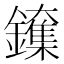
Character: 𲇨